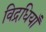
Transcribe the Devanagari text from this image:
विद्रधियाँ